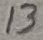
Text: 13